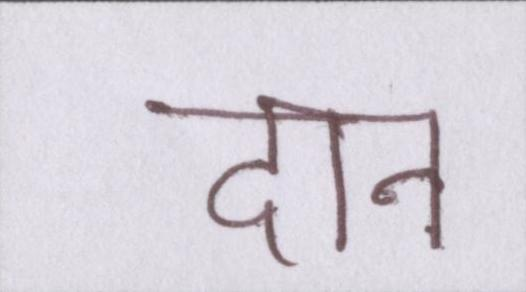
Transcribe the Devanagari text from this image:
दान